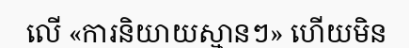
លើ «ការនិយាយស្មានៗ» ហើយមិន